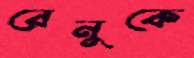
রেনুকে